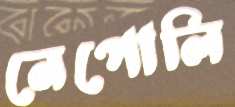
নেপোলি